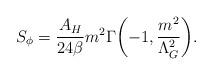
LaTeX: \begin{align*}S_{\phi}=\frac{A_H}{24\beta}m^2\Gamma\biggl(-1, \frac{m^2}{\Lambda_G^2}\biggr).\end{align*}